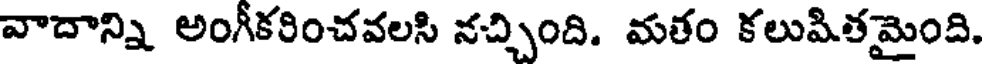
వాదాన్ని అంగీకరించవలసి నచ్చింది. మతం కలుపితమైంది.